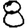
Digit: 8